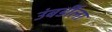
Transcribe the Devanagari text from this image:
उंबर्डीला